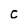
Character: c